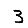
Digit: 3